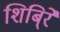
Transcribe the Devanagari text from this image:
शिबि्रे